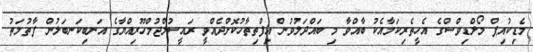
މެޑިކުއިޕް މޯލްޑިވްސްގެ އެހީތެރިކަމާއެކު ބާއްވާ މި ބައްދަލުވުން އިފްތިތާހުކޮށްދެއްވީ ރައީސުލްޖުމްހޫރިއްޔާގެ އަނބިކަނބަލުން ފާތުމަތު